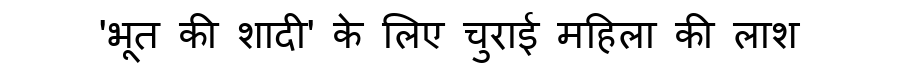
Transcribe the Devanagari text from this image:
'भूत की शादी' के लिए चुराई महिला की लाश